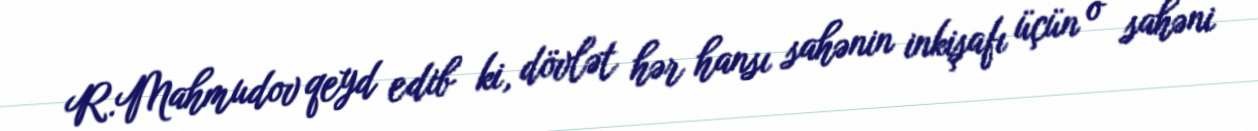
R.Mahmudov qeyd edib ki, dövlət hər hansı sahənin inkişafı üçün o sahəni